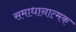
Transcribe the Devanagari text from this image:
समाधानात्मक